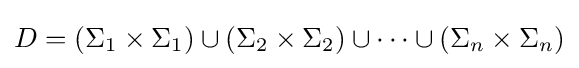
D=\left(\Sigma _{1}\times \Sigma _{1}\right)\cup \left(\Sigma _{2}\times \Sigma _{2}\right)\cup \cdots \cup \left(\Sigma _{n}\times \Sigma _{n}\right)